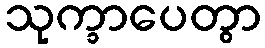
သုက္ခာပေတွာ